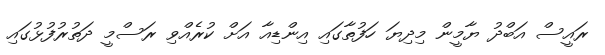
ރައީސް އަބްދު ޔާމީން މިދިޔަ ހަފުތާގައި އިންޑިއާ އަށް ކުރެއްވި ރަސްމީ ދަތުރުފުޅުގައި